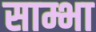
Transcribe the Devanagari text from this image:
साम्भा